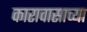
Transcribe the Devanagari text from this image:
कारावासाच्या